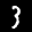
Label: 3